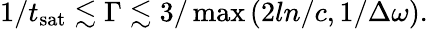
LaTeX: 1/t_{\mathrm{sat}}\lesssim\Gamma\lesssim 3/\operatorname*{max}\left(2ln/c,1/\Delta\omega\right).